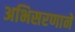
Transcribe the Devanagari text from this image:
अभिसरणाने